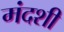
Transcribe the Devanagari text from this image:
मंदशी